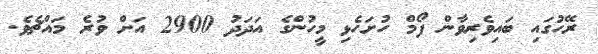
ރޭހުގައި ބައިވެރިވާން ފޯމް ހުށަހެޅި މީހުންގެ އަދަދު 2900 އަށް ވުރެ މައްޗެވެ.